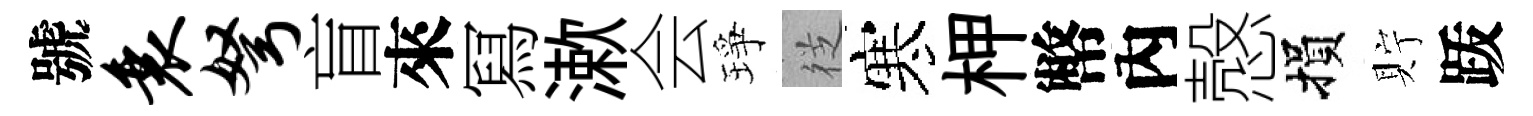
號衰弩盲來冩漱会琤徔寒柙幣內慤損貯䟦